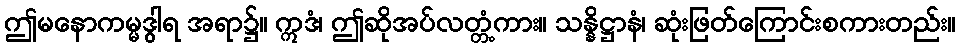
ဤမနောကမ္မဒွါရ အရာ၌။ ဣဒံ၊ ဤဆိုအပ်လတ္တံ့ကား။ သန္နိဋ္ဌာနံ၊ ဆုံးဖြတ်ကြောင်းစကားတည်း။